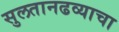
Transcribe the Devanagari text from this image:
सुलतानढव्याचा